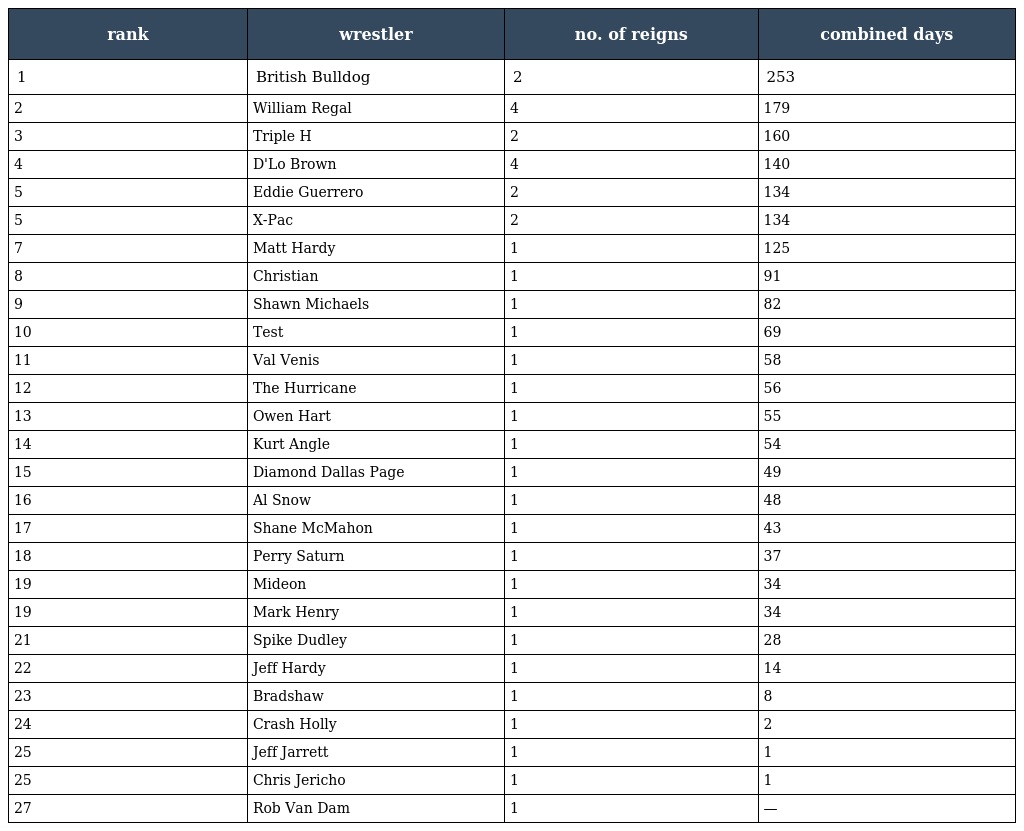
| rank | wrestler | no. of reigns | combined days |
 | --- | --- | --- | --- |
 | 1 | British Bulldog | 2 | 253 |
 | 2 | William Regal | 4 | 179 |
 | 3 | Triple H | 2 | 160 |
 | 4 | D'Lo Brown | 4 | 140 |
 | 5 | Eddie Guerrero | 2 | 134 |
 | 5 | X-Pac | 2 | 134 |
 | 7 | Matt Hardy | 1 | 125 |
 | 8 | Christian | 1 | 91 |
 | 9 | Shawn Michaels | 1 | 82 |
 | 10 | Test | 1 | 69 |
 | 11 | Val Venis | 1 | 58 |
 | 12 | The Hurricane | 1 | 56 |
 | 13 | Owen Hart | 1 | 55 |
 | 14 | Kurt Angle | 1 | 54 |
 | 15 | Diamond Dallas Page | 1 | 49 |
 | 16 | Al Snow | 1 | 48 |
 | 17 | Shane McMahon | 1 | 43 |
 | 18 | Perry Saturn | 1 | 37 |
 | 19 | Mideon | 1 | 34 |
 | 19 | Mark Henry | 1 | 34 |
 | 21 | Spike Dudley | 1 | 28 |
 | 22 | Jeff Hardy | 1 | 14 |
 | 23 | Bradshaw | 1 | 8 |
 | 24 | Crash Holly | 1 | 2 |
 | 25 | Jeff Jarrett | 1 | 1 |
 | 25 | Chris Jericho | 1 | 1 |
 | 27 | Rob Van Dam | 1 | — |